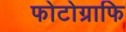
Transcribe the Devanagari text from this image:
फोटोग्राफि